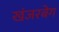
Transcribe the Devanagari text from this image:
खंजरबेग